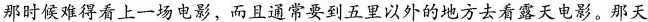
那时候难得看上一场电影，而且通常要到五里以外的地方去看露天电影。那天